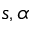
s , \alpha